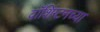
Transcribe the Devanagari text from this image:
वाॅशिंग्टनच्या